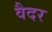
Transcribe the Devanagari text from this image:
वैदर